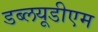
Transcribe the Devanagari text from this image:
डब्लयूडीएम